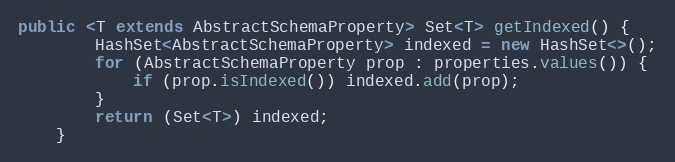
Language: Java
public <T extends AbstractSchemaProperty> Set<T> getIndexed() {
        HashSet<AbstractSchemaProperty> indexed = new HashSet<>();
        for (AbstractSchemaProperty prop : properties.values()) {
            if (prop.isIndexed()) indexed.add(prop);
        }
        return (Set<T>) indexed;
    }